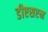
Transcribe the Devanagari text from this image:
डीएसएन